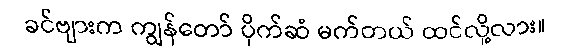
ခင်ဗျားက ကျွန်တော် ပိုက်ဆံ မက်တယ် ထင်လို့လား။